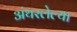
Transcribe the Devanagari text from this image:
अंथरलेल्या